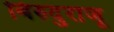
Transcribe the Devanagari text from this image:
बिरुदुराजू